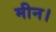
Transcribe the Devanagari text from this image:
मीन।